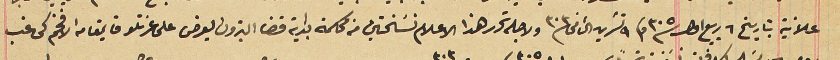
علانية بتاريخ ٦ ربيع اول سنة ٣٠٥ وفى ٩ تشرين الثانى سنة ٣٠٣ ولاجله تحرر هذا الاعلام نسَختين من محكمة بداية قضا البترون يعرض على عزتلو قايمقام الافخم كى غب